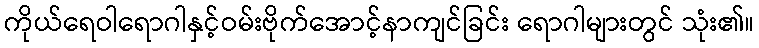
ကိုယ်ရေဝါရောဂါနှင့်ဝမ်းဗိုက်အောင့်နာကျင်ခြင်း ရောဂါများတွင် သုံး၏။